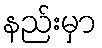
နည်းမှာ